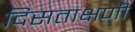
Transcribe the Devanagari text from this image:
दिसताक्षणी